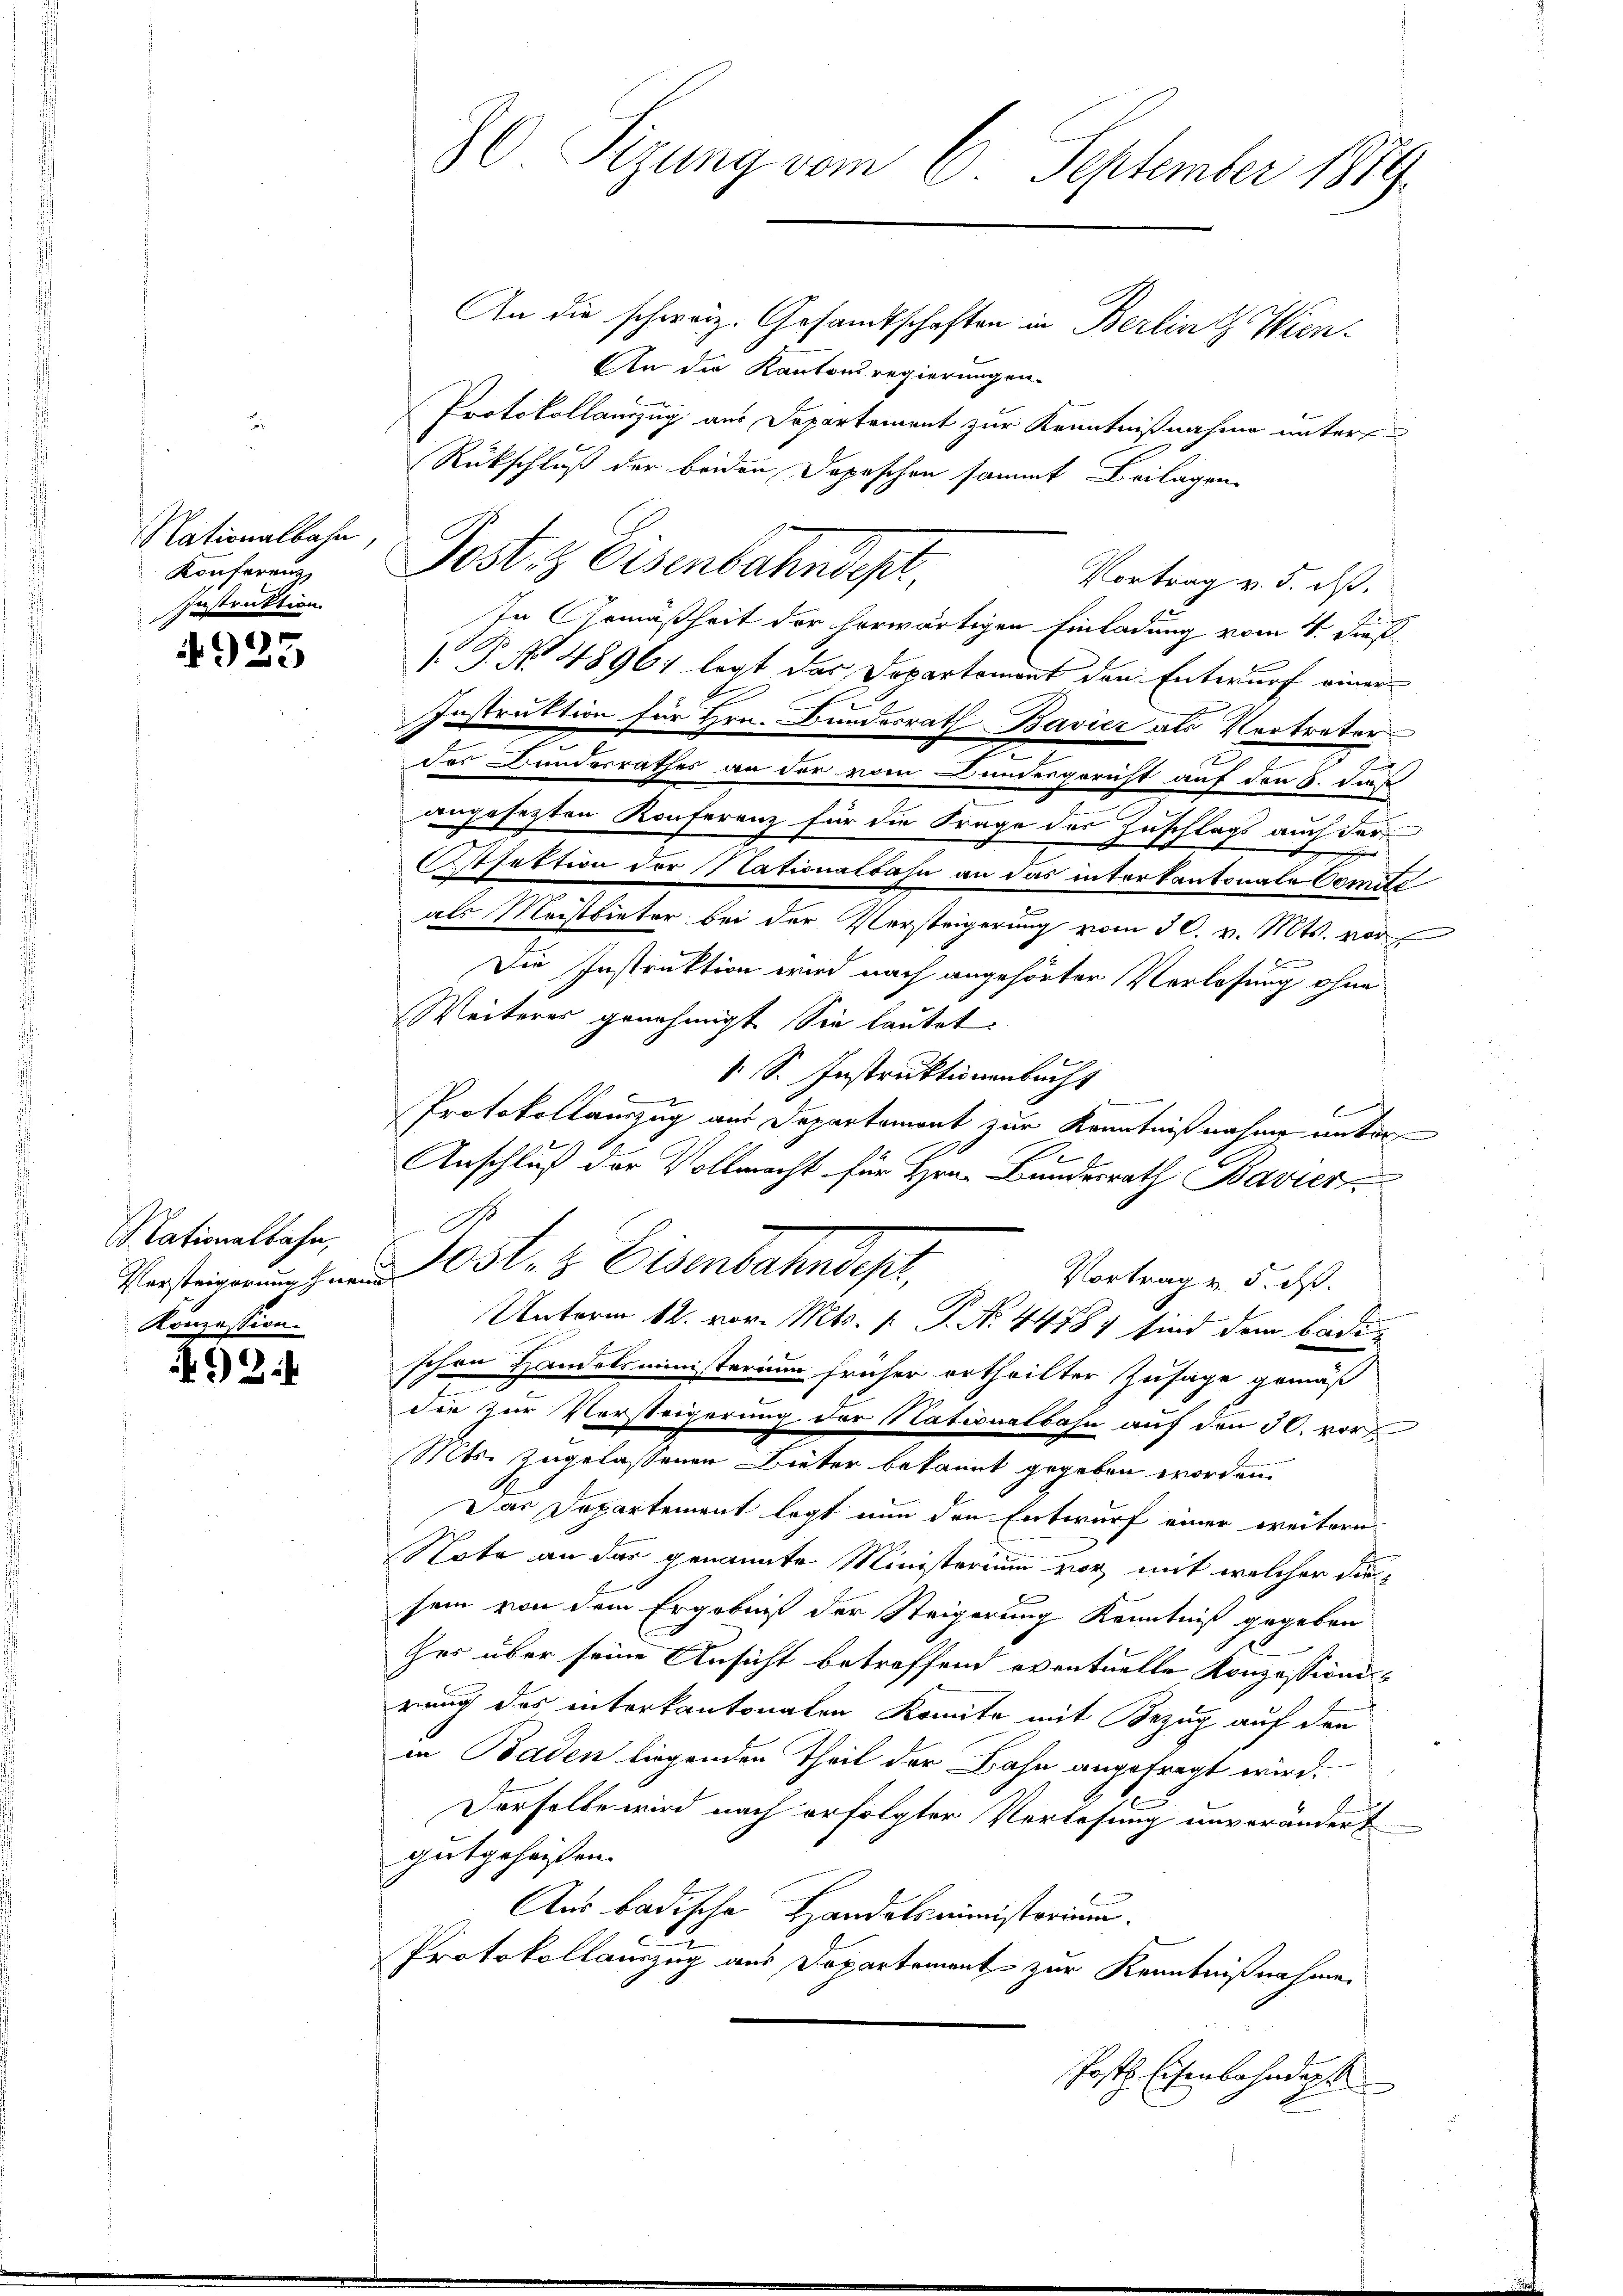
Nationalbahn
Konferenz
Instruktion.

4923

Nationalbahn,
Konzession.

) 2:

80 Sizung vom 6. September 1889.
An die schwarz. Gesandtschaften in Berlin & Wien-

An die Kantonsregierungen.
Protokollanzug aus Departement zur Kenntnißnahme unter
Rückschluß der beiden Depeschen sammt Beilagen.
Post & Eisenbahndepr
Vortrag v. 5. ds.
In Gemäßheit der herwärtigen Einladung vom 4. Dieß
 P. No 48967 legt das Departement den Entwurf einer
Instruktion für Hrn. Bundesrath Bavier als Vertreter
t
des Bundesrathes an der vom Bundergericht auf den 6. daß
angesetzten Konferenz für die Frage des Zuschlags auch der¬
Otfaktion der Nationalbahn an das interkantonale Comité
als Meistbieter bei der Versteigerung vom 30. v. Mts. vor
.
Die Instruktion wird nach angehörter Verlesung ohne
Weiteres genehmigt. Sie lautet.
s. S. Instruktionenbucht
l
Protokollauszug aus Departement zur Kenntnißnahme unter
Anschluß der Vollmacht für Hrn. Bundesrath Bavier
S
st. Eisenbahndepr
Vortrag v. 5. ds.
Unterm 12. vor. Mts. p. P. Nr. 44787 sind dem Badischon Handelsministerium früher ertheilter Zusage gemäß
dir zur Vorsteigerung der Nationalbahn auf den 30. vor
Mts. zugelassenen Bieter bekannt gegeben worden.
Das Departement legt nun den Entwurf einer weitern
Note an der genannte Ministerium vor, mit welcher diesein von dem Ergebniß der Steigerung Kenntniß gegeben
her über seine Ansicht betreffend eventuelle Konzessionsrung des interkantonalen Komite mit Bezug auf den
in Baden liegenden Theil der Bahn angefragt wird.
Dorselbe wird nach erfolgter Verlesung unverändert
gutgehassen.
Aus badische Handelsministorium
Protokollauszug aus Departement zur Kenntnißnahme
Post. Eisenbahndigt